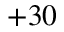
+ 3 0